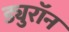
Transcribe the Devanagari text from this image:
ड्युरॉन